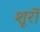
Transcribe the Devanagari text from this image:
शूरों